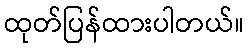
ထုတ်ပြန်ထားပါတယ်။